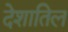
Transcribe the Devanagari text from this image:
देशातिल